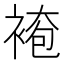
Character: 𧛍